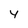
Character: 4